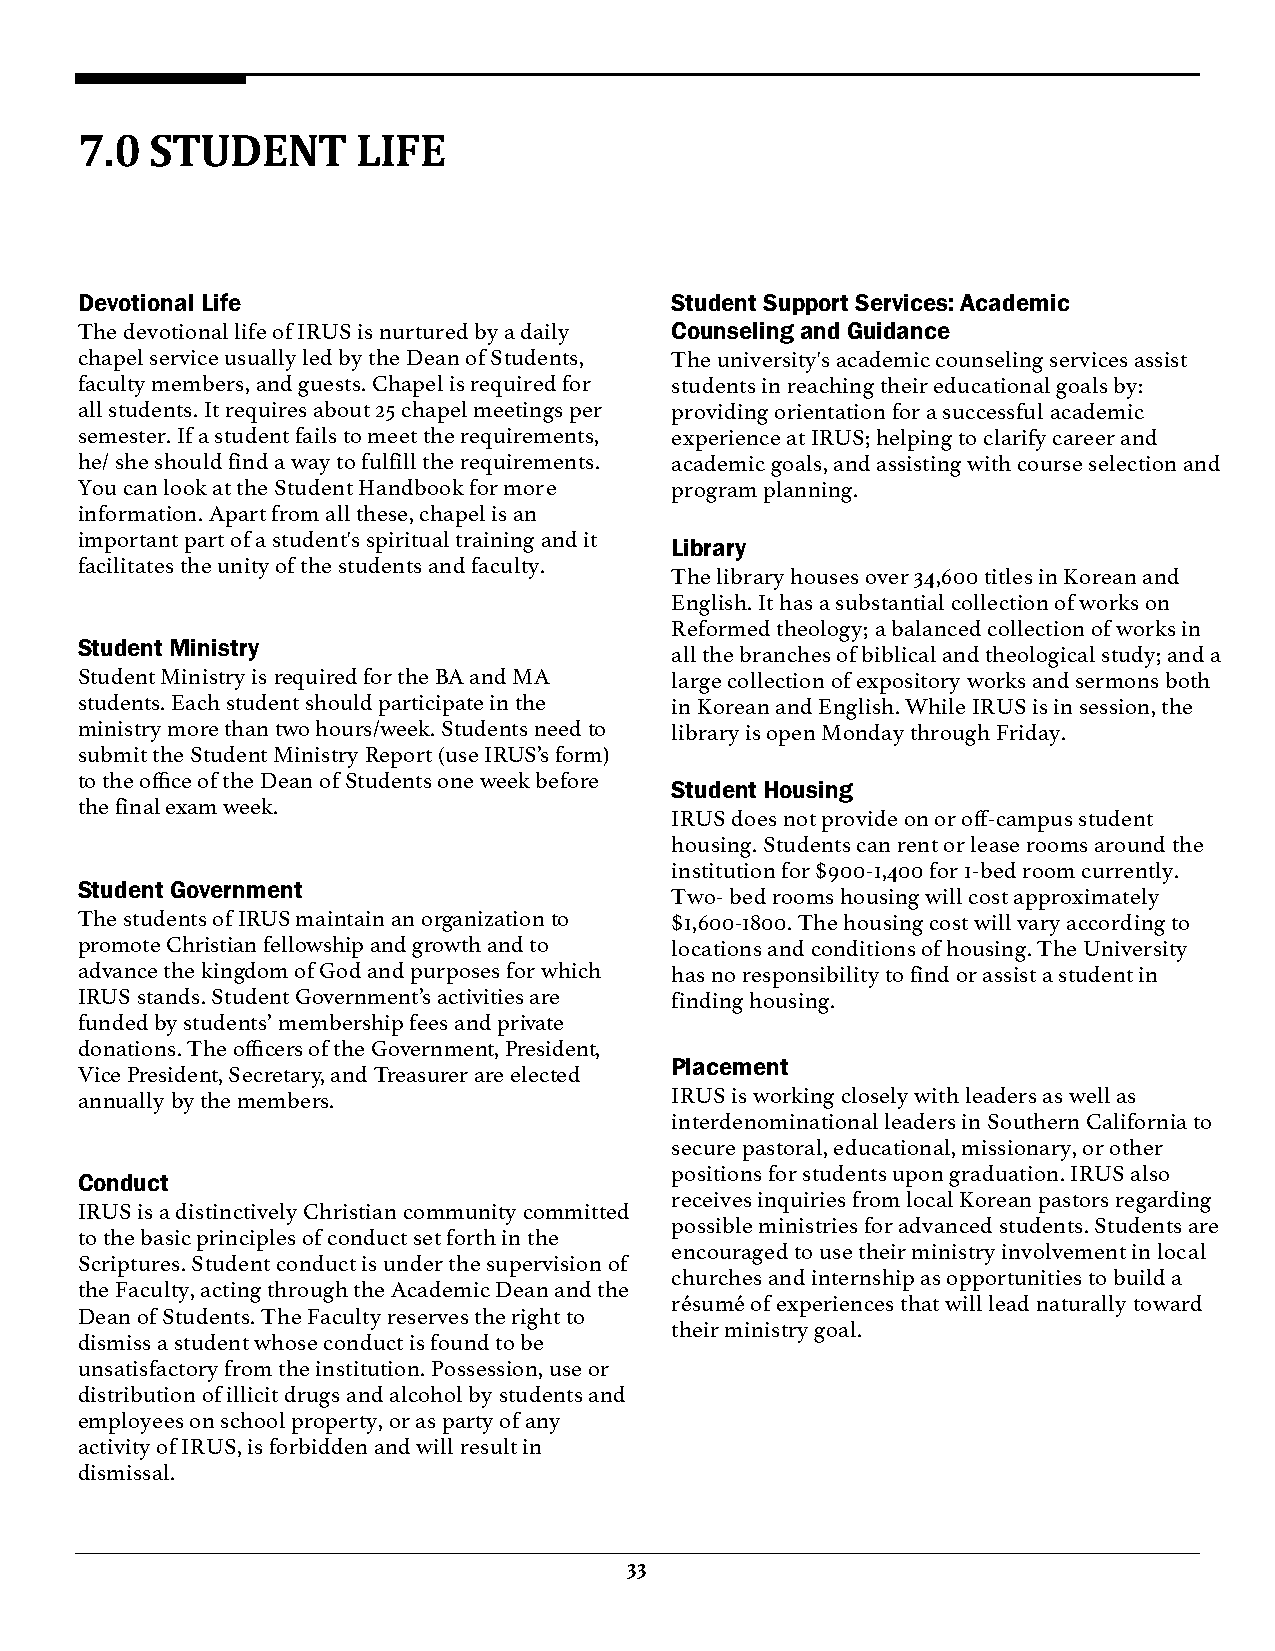
7.0  STUDENT       LIFE
 Devotional Life                        Student Support Services: Academic
 The devotional life of IRUS is nurtured by a daily Counseling and Guidance
 chapel service usually led by the Dean of Students, The university's academic counseling services assist
 faculty members, and guests. Chapel is required for students in reaching their educational goals by:
 all students. It requires about 25 chapel meetings per providing orientation for a successful academic
 semester. If a student fails to meet the requirements, experience at IRUS; helping to clarify career and
 he/ she should find a way to fulfill the requirements. academic goals, and assisting with course selection and
 You can look at the Student Handbook for more program planning.
 information. Apart from all these, chapel is an
 important part of a student's spiritual training and it
 Library
 facilitates the unity of the students and faculty.
 The library houses over 34,600 titles in Korean and
 English. It has a substantial collection of works on
 Reformed theology; a balanced collection of works in
 Student Ministry
 all the branches of biblical and theological study; and a
 Student Ministry is required for the BA and MA large collection of expository works and sermons both
 students. Each student should participate in the in Korean and English. While IRUS is in session, the
 ministry more than two hours/week. Students need to library is open Monday through Friday.
 submit the Student Ministry Report (use IRUS’s form)
 to the office of the Dean of Students one week before
 Student Housing
 the final exam week.
 IRUS does not provide on or off-campus student
 housing. Students can rent or lease rooms around the
 institution for $900-1,400 for 1-bed room currently.
 Student Government
 Two- bed rooms housing will cost approximately
 The students of IRUS maintain an organization to $1,600-1800. The housing cost will vary according to
 promote Christian fellowship and growth and to locations and conditions of housing. The University
 advance the kingdom of God and purposes for which has no responsibility to find or assist a student in
 IRUS stands. Student Government’s activities are finding housing.
 funded by students’ membership fees and private
 donations. The officers of the Government, President,
 Placement
 Vice President, Secretary, and Treasurer are elected
 annually by the members.               IRUS is working closely with leaders as well as
 interdenominational leaders in Southern California to
 secure pastoral, educational, missionary, or other
 positions for students upon graduation. IRUS also
 Conduct
 receives inquiries from local Korean pastors regarding
 IRUS is a distinctively Christian community committed
 possible ministries for advanced students. Students are
 to the basic principles of conduct set forth in the
 encouraged to use their ministry involvement in local
 Scriptures. Student conduct is under the supervision of
 churches and internship as opportunities to build a
 the Faculty, acting through the Academic Dean and the
 résumé of experiences that will lead naturally toward
 Dean of Students. The Faculty reserves the right to
 their ministry goal.
 dismiss a student whose conduct is found to be
 unsatisfactory from the institution. Possession, use or
 distribution of illicit drugs and alcohol by students and
 employees on school property, or as party of any
 activity of IRUS, is forbidden and will result in
 dismissal.
 33